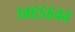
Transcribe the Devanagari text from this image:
१४६५६४४